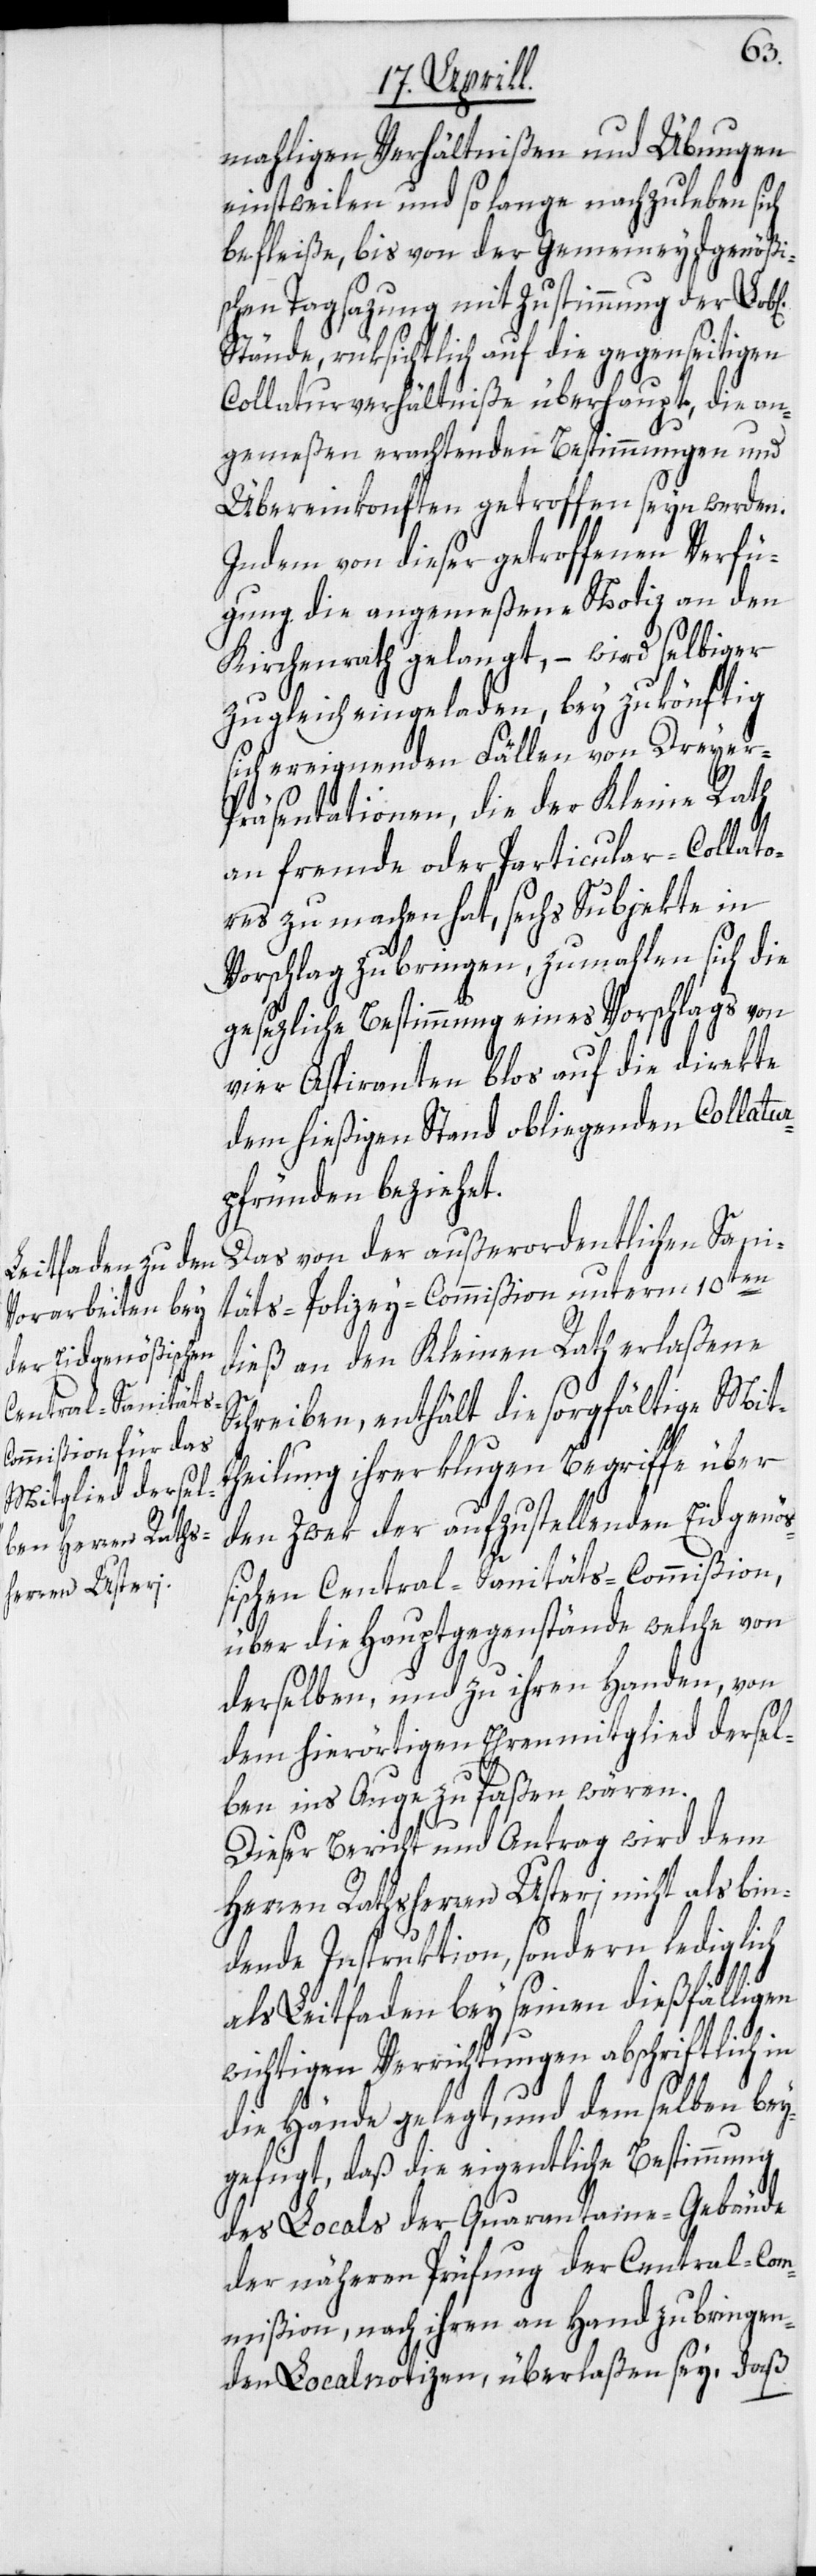
mahligen Verhältnißen und Übungen
einstweilen und so lange nachzuleben sich
befleiße, bis von der Gemeineydgenößi¬
schen Tagsazung mit Zustimmung der
Stände, rüksichtlich auf die gegenseitigen
Collaturverhältniße überhaupt, die an¬
gemeßen erachtenden Bestimmungen und
Übereinkonften getroffen seyn werden.
Indem von dieser getroffenen Verfü¬
gung die angemeßene Notiz an den
Kirchenrath gelangt, – wird selbiger
zugleich eingeladen, bey zukönftig
sich ereignenden Fällen von Dreyer-P¬
räsentationen, die der Kleine Rath
an fremde oder Particular-Collato¬
res zu machen hat, sechs Subjekte in
Vorschlag zu bringen, zumahlen sich die
gesezliche Bestimmung eines Vorschlags von
vier Aspiranten blos auf die direkte
dem hießigen Stand obliegenden Collatur¬
pfründen beziehet.
Das von der außerordentlichen Sani¬
täts-Polizey-Commißion unterm 10ten
dieß an den Kleinen Rath erlaßene
Schreiben, enthält die sorgfältige Mit¬
theilung ihrer klugen Begriffe über
den Zwek der aufzustellenden Eidgenöß¬
ischen Central-Sanitäts-Commißion,
über die Hauptgegenstände welche von
derselben, und zu ihren Handen, von
dem hierörtigen Ehrenmitglied dersel¬
ben ins Auge zu faßen wären.
Dieser Bericht und Antrag wird dem
Herren Rathsherren Usteri nicht als bin¬
dende Instruktion, sondern lediglich
als Leitfaden bey seinen dießfälligen
wichtigen Verrichtungen abschriftlich in
die Hände gelegt, und dem selben bey¬
gefügt, daß die eigentliche Bestimmung
des Locals der Quarantaine-Gebäude
der näheren Prüfung der Central-Com¬
mißion, nach ihren an Hand zu bringen¬
den Localnotizen, überlaßen sey, daß